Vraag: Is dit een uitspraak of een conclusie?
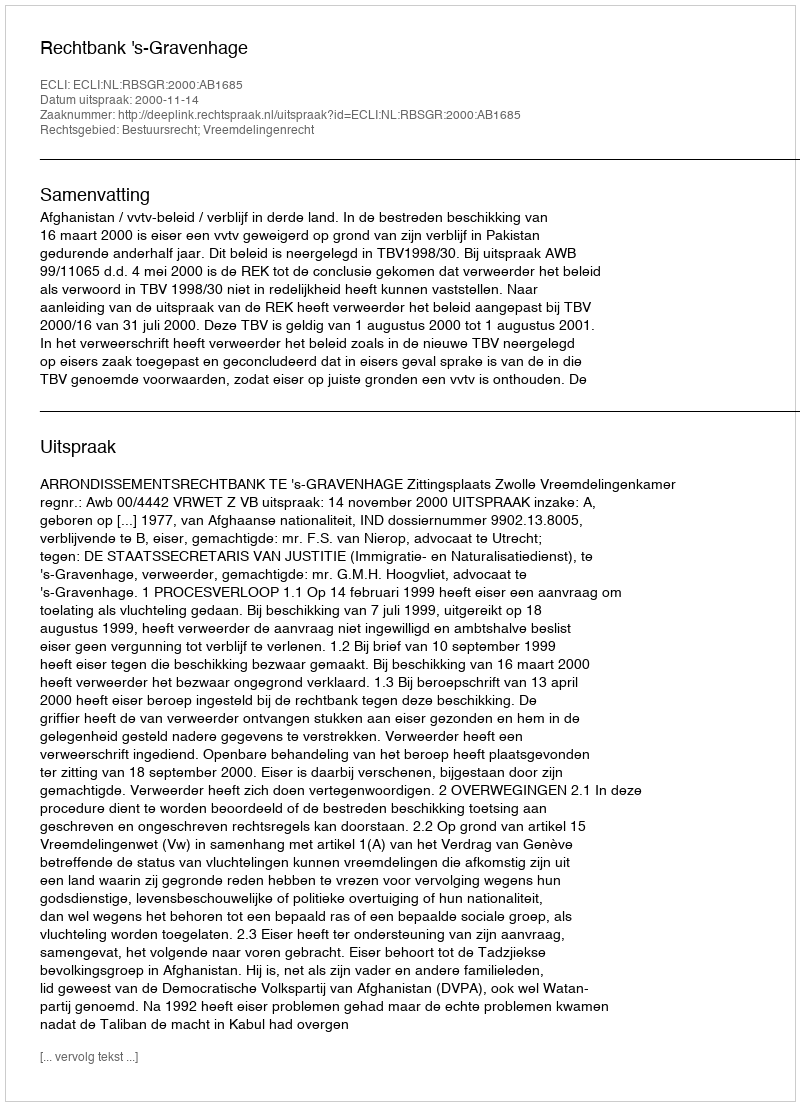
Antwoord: Uitspraak